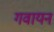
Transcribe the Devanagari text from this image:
गवायन